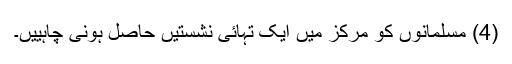
(4) مسلمانوں کو مرکز میں ایک تہائی نشستیں حاصل ہونی چاہییں۔